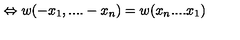
\Leftrightarrow w ( - x _ { 1 } , . . . . - x _ { n } ) = w ( x _ { n } . . . . x _ { 1 } )